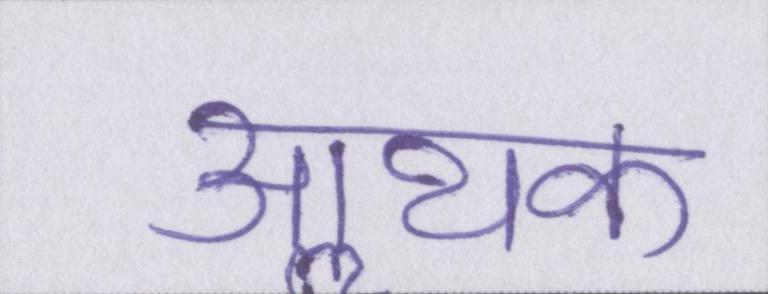
आॢथक